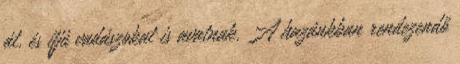
át, és ifjú vadászokat is avatnak. A hazánkban rendezendő